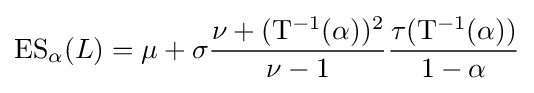
\operatorname {ES} _{\alpha }(L)=\mu +\sigma {\frac {\nu +(\mathrm {T} ^{-1}(\alpha ))^{2}}{\nu -1}}{\frac {\tau (\mathrm {T} ^{-1}(\alpha ))}{1-\alpha }}